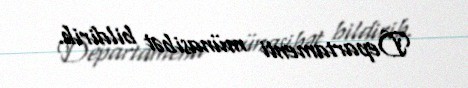
Departamenti münasibət bildirib.